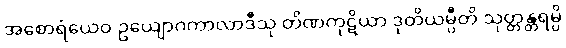
အစောရံယေဝ ဥယျောဂကာလာဒီသု တိဏကုဋိယာ ဒုတိယမ္ပီတိ သုတ္တန္တရမ္ပိ